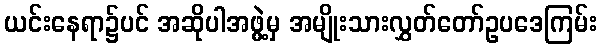
ယင်းနေရာ၌ပင် အဆိုပါအဖွဲ့မှ အမျိုးသားလွှတ်တော်ဥပဒေကြမ်း